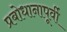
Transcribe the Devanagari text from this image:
प्रबोधानापूर्वी